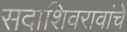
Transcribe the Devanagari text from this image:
सदाशिवरावांचे